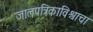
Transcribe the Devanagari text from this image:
जालपत्रिकाविश्वाचा